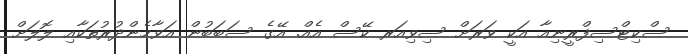
ސްކިޓްސިފްރީނިއާ އަކީ ވަރަށް ސިވިއަރ ކޭސް އެއް. އޭގެ ސަބަބުން އަވާމެންދުރުތަކާއި ލޮލަށް